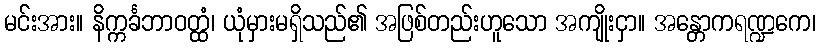
မင်းအား။ နိက္ကင်္ခဘာဝတ္ထံ၊ ယုံမှားမရှိသည်၏ အဖြစ်တည်းဟူသော အကျိုးငှာ။ အန္တောကရဏ္ဍကေ၊